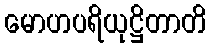
မောဟပရိယုဋ္ဌိတာတိ